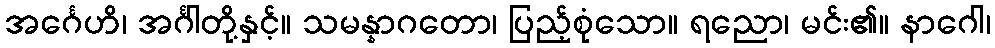
အင်္ဂေဟိ၊ အင်္ဂါတို့နှင့်။ သမန္နာဂတော၊ ပြည့်စုံသော။ ရညော၊ မင်း၏။ နာဂေါ၊